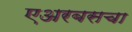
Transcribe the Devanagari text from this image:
एअरबसचा